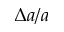
\Delta a / a